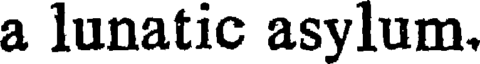
a lunatic asylum.